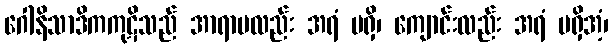
ဂေါနိသာဒိကကုဋိသည် အာရာမလည်း အရံ မရှိ၊ ကျောင်းလည်း အရံ မရှိအံ့၊